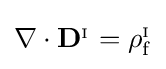
\nabla \cdot \mathbf {D} ^{_{\mathrm {I} }}=\rho _{\mathrm {f} }^{_{\mathrm {I} }}